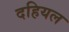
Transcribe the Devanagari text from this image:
दहियल